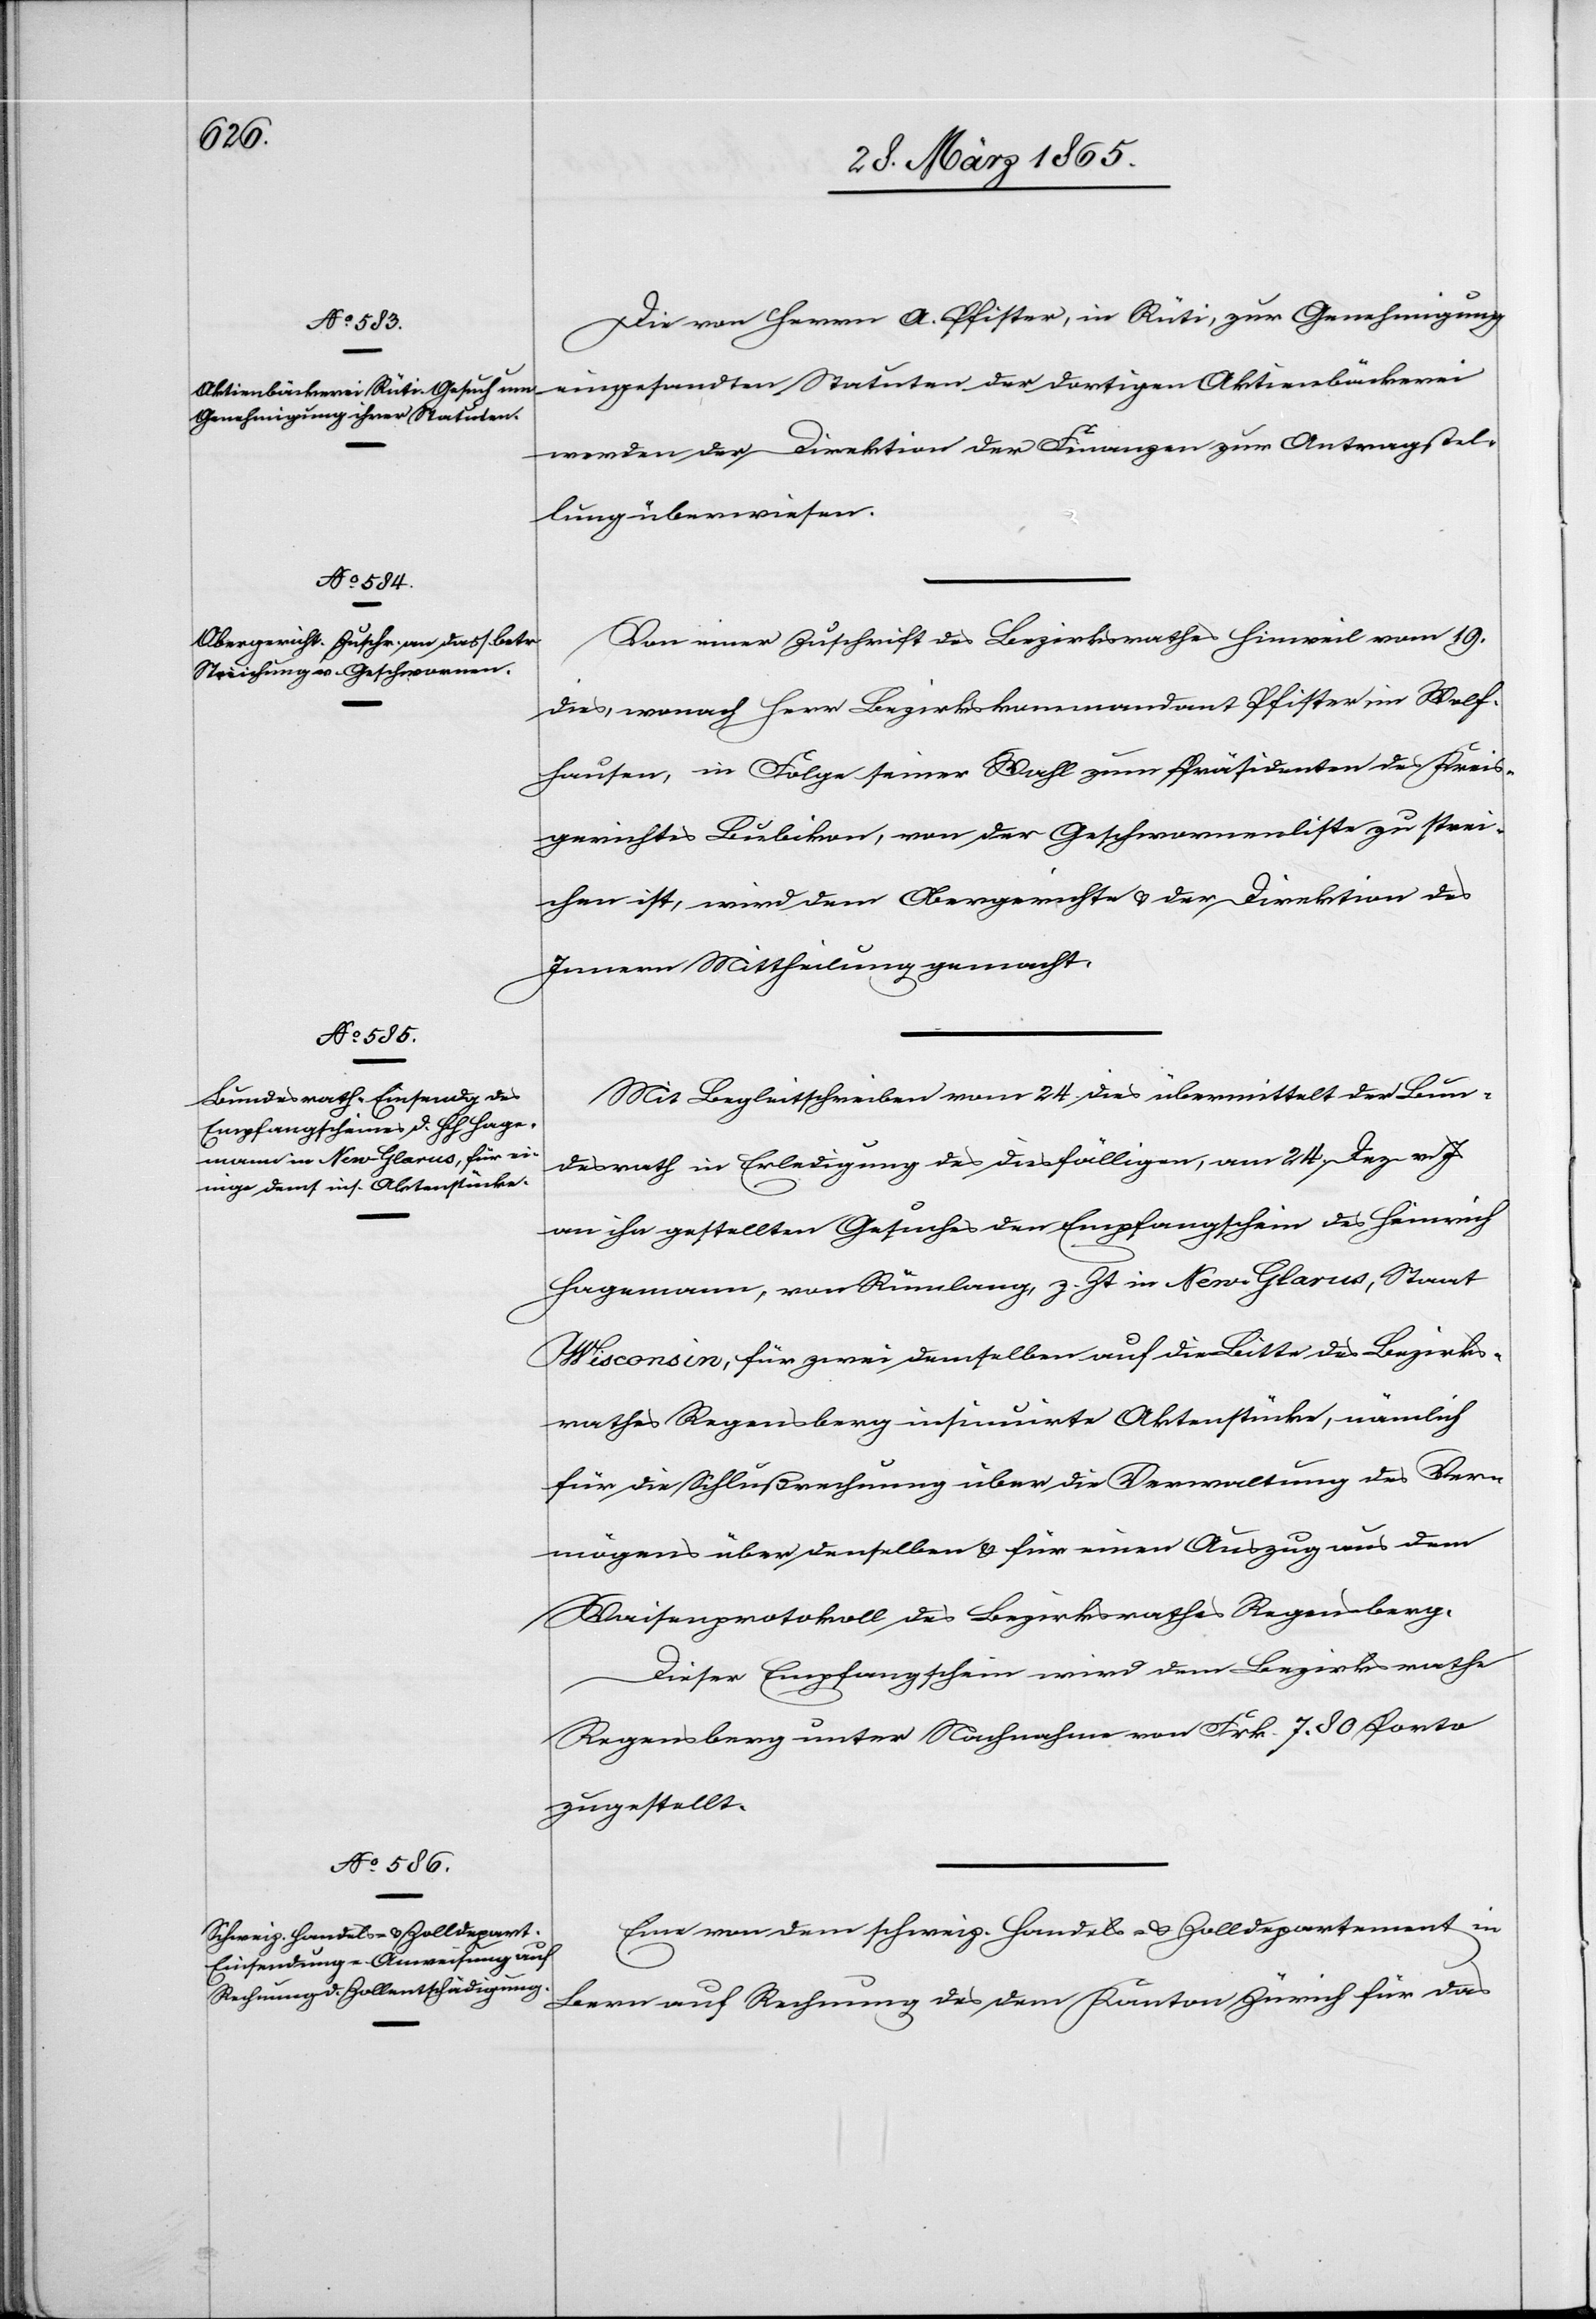
28. März 1865.]
Die von Herrn A. Pfister, in Rüti, zur Genehmigung
eingesandten Statuten der dortigen Aktienbäckerei
werden der Direktion der Finanzen zur Antragstel¬
lung überwiesen.
Von einer Zuschrift des Bezirksrathes Hinweil vom 19.
dies, wonach Herr Bezirkskommandant Pfister im Wolf¬
hausen, in Folge seiner Wahl zum Präsidenten des Kreis¬
gerichtes Bubikon, von der Geschwornenliste zu strei¬
chen ist, wird dem Obergerichte & der Direktion des
Innern Mittheilung gemacht.
Mit Begleitschreiben vom 24. dies übermittelt der Bun¬
desrath in Erledigung des diesfälligen, am 24. Dez. v. Js
an ihn gestellten Gesuches den Empfangschein des Heinrich
Hagemann, von Rümlang, z. Zt in New-Glarus, Staats
Wisconsin, für zwei demselben auf die Bitte des Bezirks¬
rathes Regensberg insinuirte Aktenstücke, nämlich
für die Schlußrechnung über die Verwaltung des Ver¬
mögens über denselben & für einen Auszug aus dem
Waisenprotokoll des Bezirksrathes Regensberg.
Dieser Empfangschein wird dem Bezirksrathe
Regensberg unter Nachnahme von Frk. 7. 80 Porto
zugestellt.
Eine von dem schweiz. Handels- & Zolldepartement in
Bern auf Rechnung des dem Kanton Zürich für das